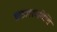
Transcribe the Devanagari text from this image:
प्रकाशनतिथि